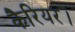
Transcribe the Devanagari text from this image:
कैरियर।